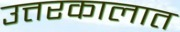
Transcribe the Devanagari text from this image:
उत्तरकालात